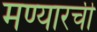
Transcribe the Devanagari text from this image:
मण्यारची